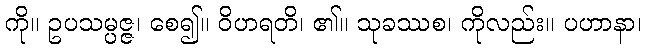
ကို။ ဥပသမ္ပဇ္ဇ၊ စေ၍။ ဝိဟရတိ၊ ၏။ သုခဿစ၊ ကိုလည်း။ ပဟာနာ၊